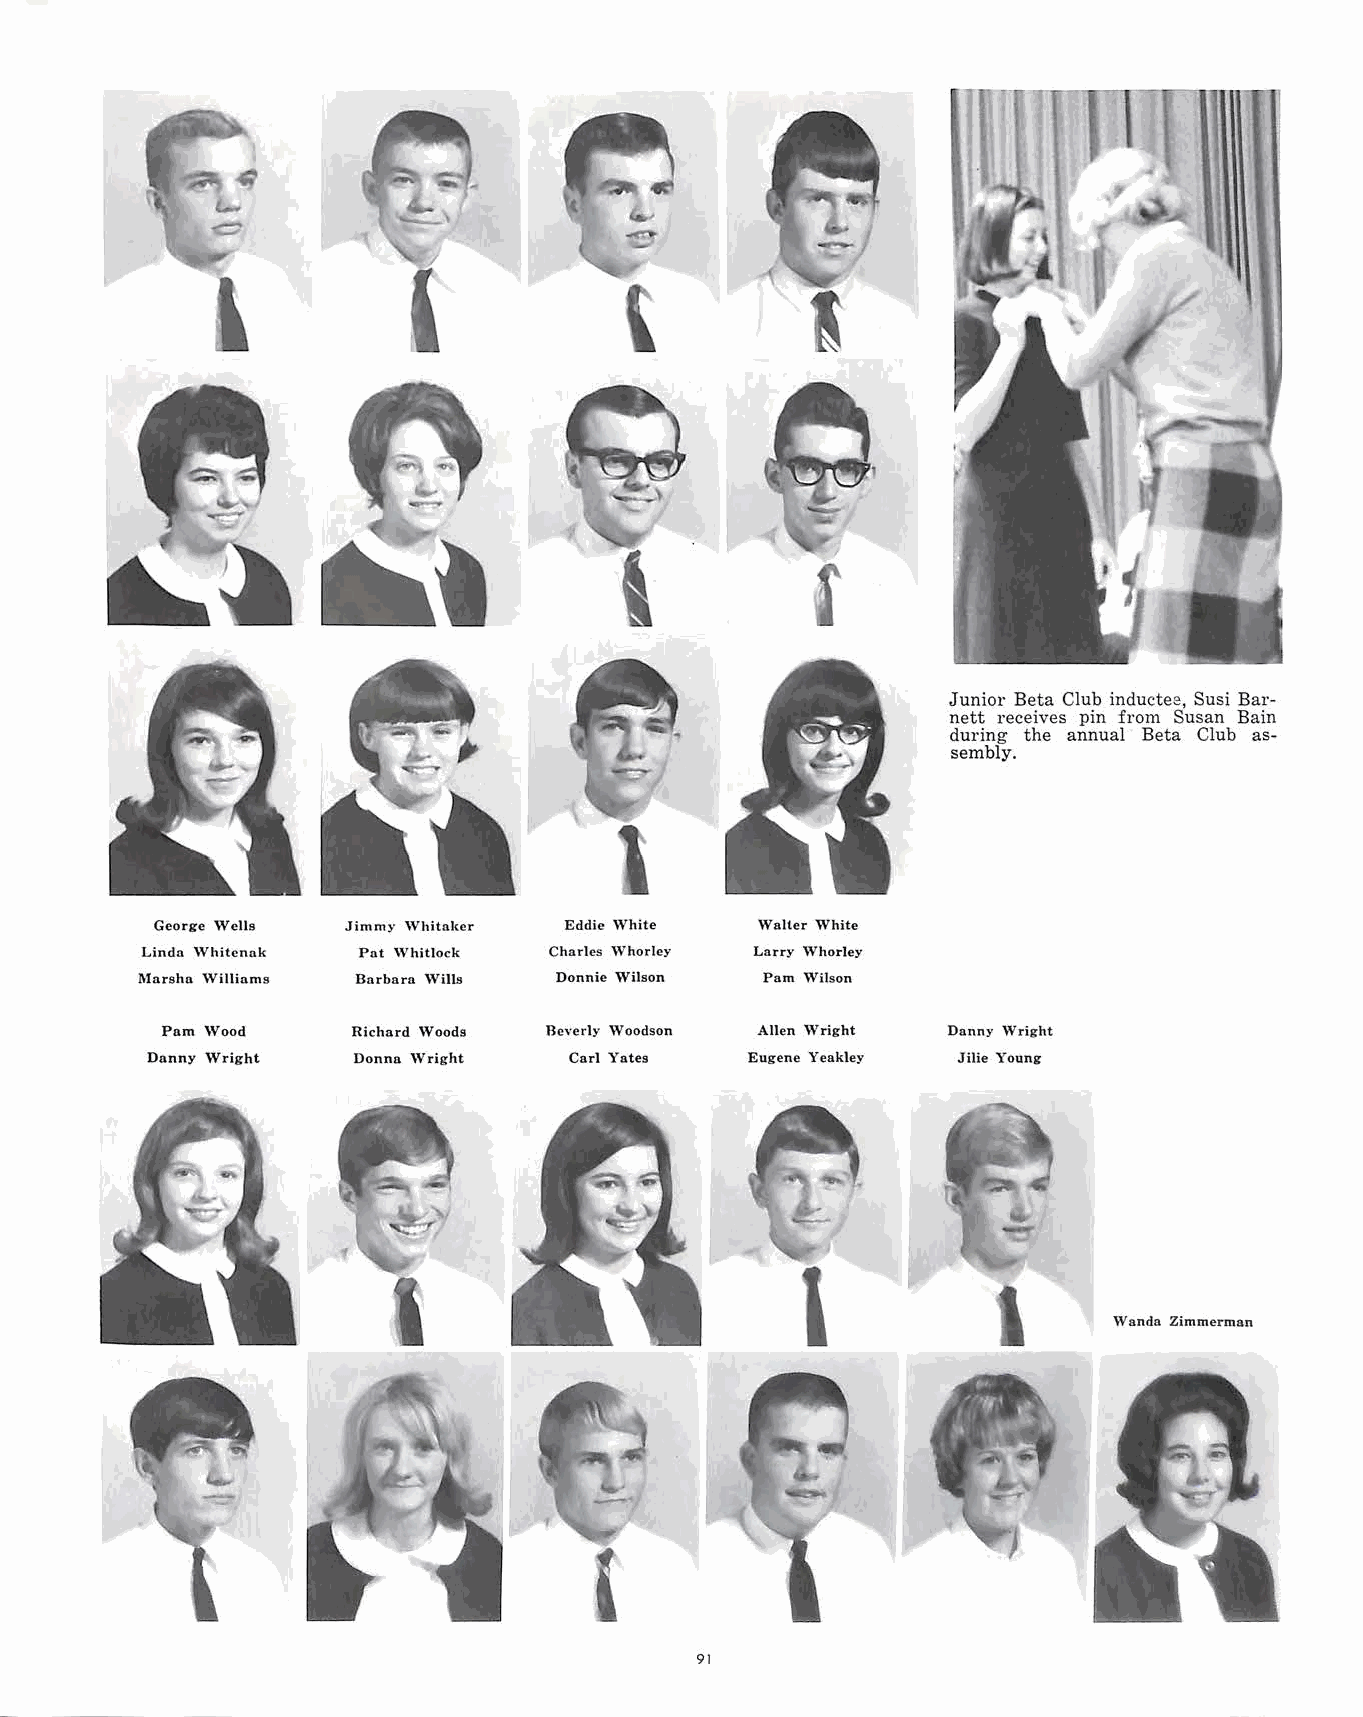
Junior Beta Club inductee, Susi Bar
 nett receives pin from Susan Bain
 during the annual Beta Club as
 sembly.
 George Wells Jimmy \Vhitaker Eddie White Walter White
 Linda \Vhitcnak Pat Whitlock Charles Whorley Larry Whorley
 Marsha Williams Barbara Wills Donnie Wilson Pam \Vilson
 Pam Wood    Richard Woods Beverly \Voodson Allen Wright Danny Wright
 Danny Wright Donna Wright   Carl Yates Eugene Yeakley Jilie Young
 Wanda Zimmerman
 91